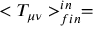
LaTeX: < T _ { \mu \nu } > _ { f i n } ^ { i n } =